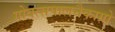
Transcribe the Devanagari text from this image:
गोवत्सपालनैकाग्रो